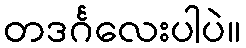
တဒင်္ဂလေးပါပဲ။